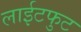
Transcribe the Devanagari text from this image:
लाईटफुट